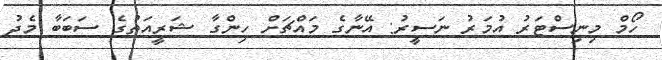
ހޯމް މިނިސްޓަރު އުމަރު ނަސީރު: އޭނާގެ މައްޗަށް ހިންގާ ޝަރީއަތުގެ ސަބަބާ މެދު